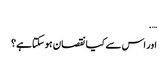
….
اور اس سے کیا نقصان ہوسکتاہے؟